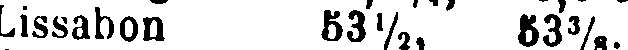
Lissabon 53½, 53⅜.